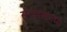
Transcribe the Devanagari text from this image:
सेवादलामध्ये